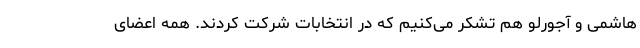
هاشمی و آجورلو هم تشکر می‌کنیم که در انتخابات شرکت کردند. همه اعضای